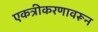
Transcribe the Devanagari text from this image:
एकत्रीकरणावरून